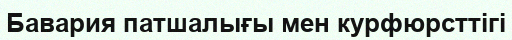
Бавария патшалығы мен курфюрсттігі